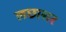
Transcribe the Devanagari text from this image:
लछासर